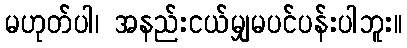
မဟုတ်ပါ၊ အနည်းငယ်မျှမပင်ပန်းပါဘူး။